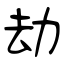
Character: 劫